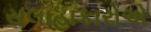
સલાહાકારોએ